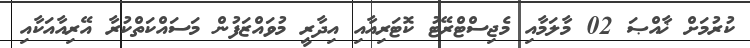
ކުރުމަށް ޚާއްޞަ 02 މާލަމާއި މެޖިސްޓްރޭޓު ކޮޓަރިއާއި އިދާރީ މުވައްޒަފުން މަސައްކަތްކުރާ އޭރިއާއަކާއި